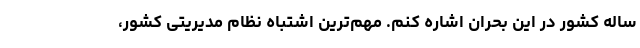
ساله کشور در این بحران اشاره کنم. مهم‌ترین اشتباه نظام مدیریتی کشور،